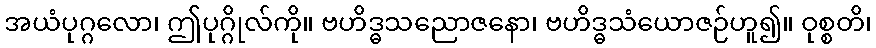
အယံပုဂ္ဂလော၊ ဤပုဂ္ဂိုလ်ကို။ ဗဟိဒ္ဓသညောဇနော၊ ဗဟိဒ္ဓသံယောဇဉ်ဟူ၍။ ဝုစ္စတိ၊